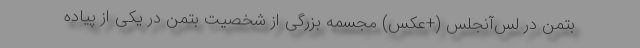
بتمن در لس‌آنجلس (+عکس) مجسمه بزرگی از شخصیت بتمن در یکی از پیاده